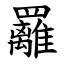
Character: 䍦